Annual report on the mental hospital in the Central Provinces and Berar (Nagpur) - 1927-1951
Year: 1927
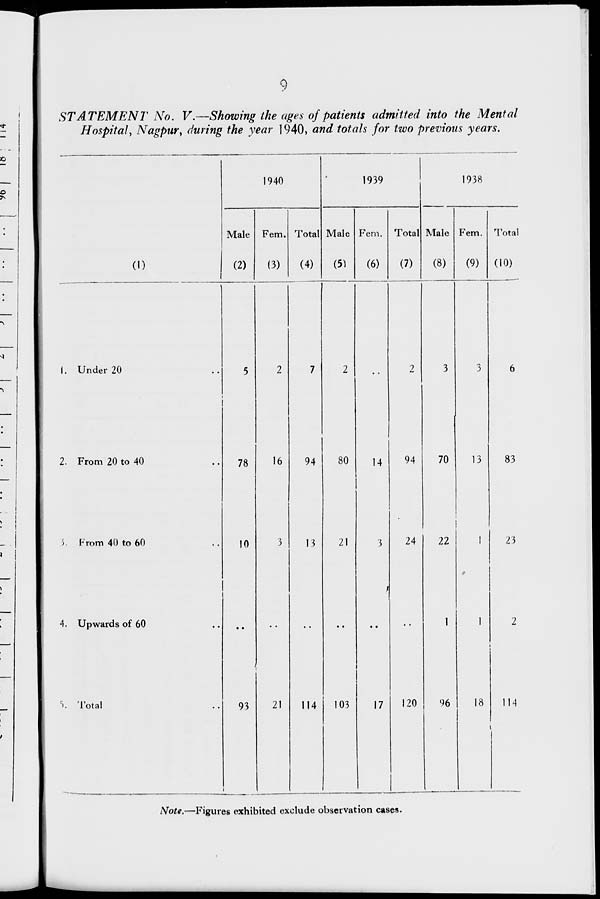
9
STATEMENT No. V—Showing the ages of patients admitted into the Mental
Hospital, Nagpur, during the year 1940, and totals for two previous years.
(1)
I. Under 20
2. From 20 to 40
: >. From 40 to 60
4. Upwards of 60
r >. Total
940
Male
(2)
78
0
93
Fern.
(3)
Total
(4)
1939
Male
(5)
Fern.
(6)
Total
(7)
1938
Male
(8)
16
21
94
13
114
80
21
103
14
94
24
17
120
70
22
96
Fern.
(9)
Total
(10)
13
8
83
23
14
Note.—Figures exhibited exclude observation cases.